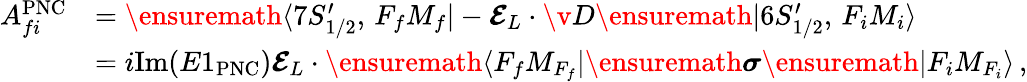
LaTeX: \begin{array}{rl}{A_{fi}^{\mathrm{PNC}}}&{=\ensuremath{\langle 7S_{1/2}^{\prime},\, F_{f}M_{f}|}-\mathbfcal{E}_{L}\cdot{\v{D}}\ensuremath{|6S_{1/2}^{\prime},\, F_{i}M_{i}\rangle}}\\ &{=i\mathrm{Im}(E1_{\mathrm{PNC}})\mathbfcal{E}_{L}\cdot\ensuremath{\langle F_{f}M_{F_{f}}|}\ensuremath{\boldsymbol{\sigma}}\ensuremath{|F_{i}M_{F_{i}}\rangle}\, ,}\end{array}